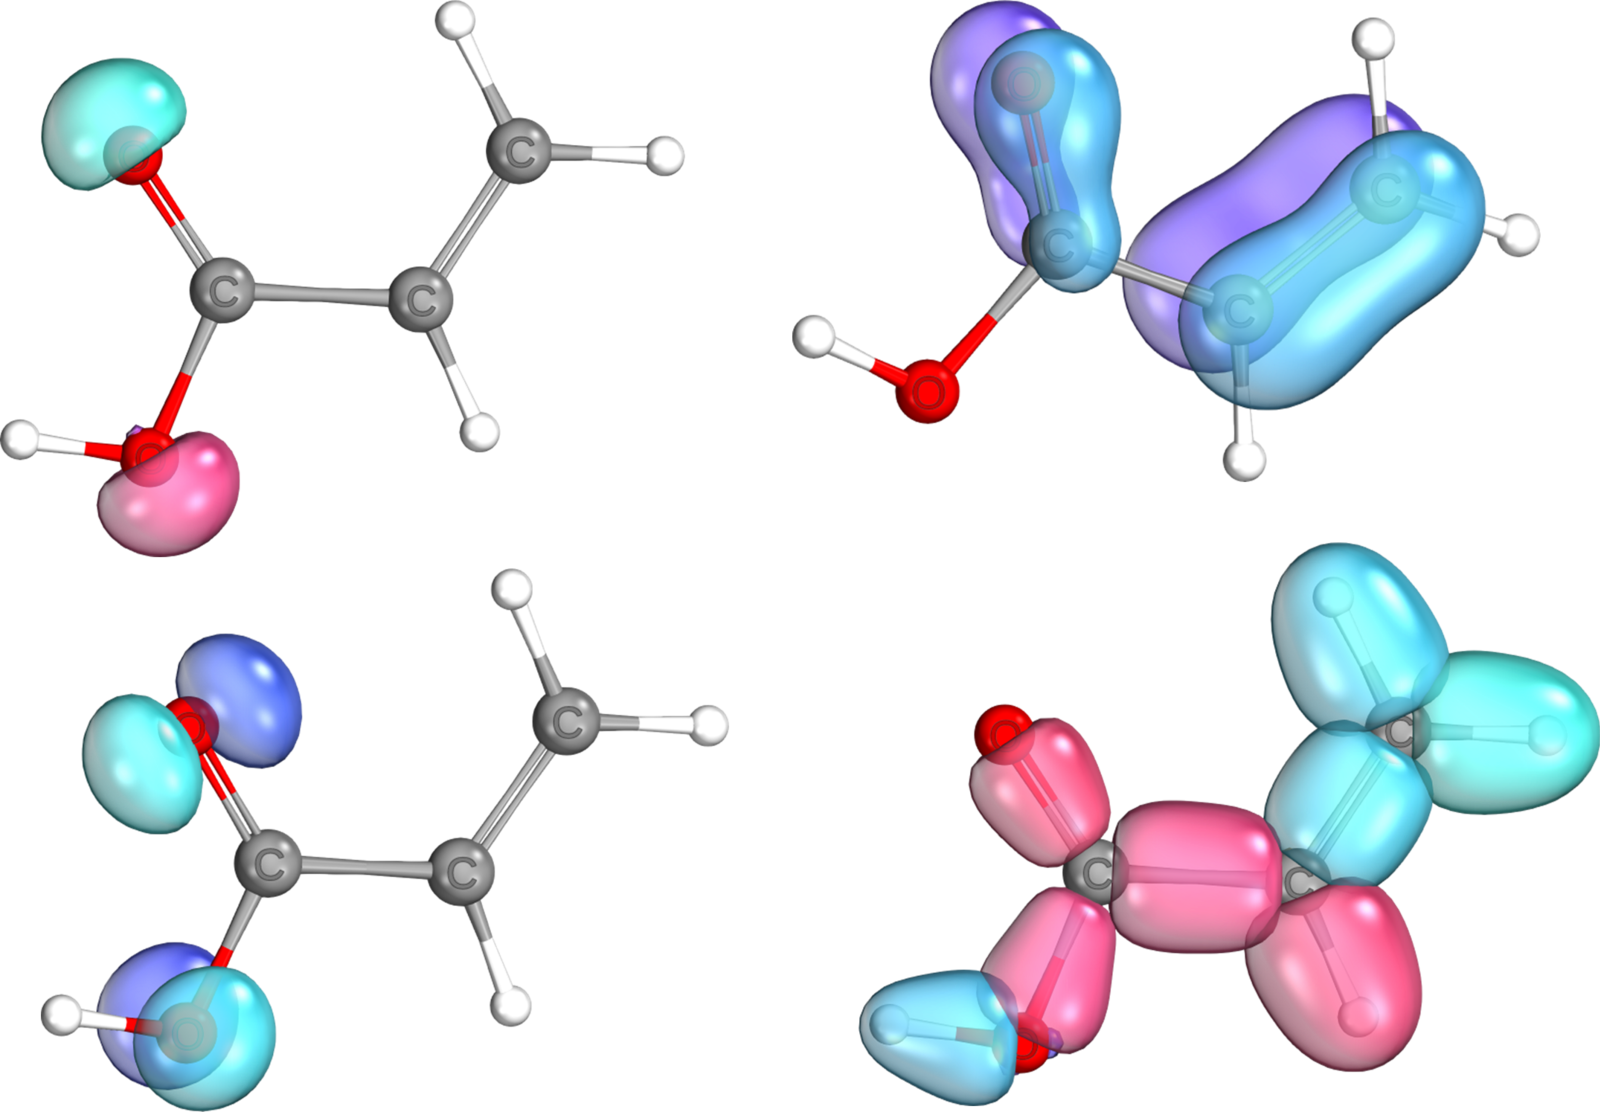
iboview, orbital